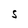
Character: S